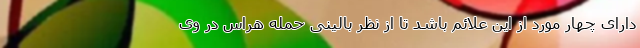
دارای چهار مورد از این علائم باشد تا از نظر بالینی حمله هراس در وی